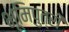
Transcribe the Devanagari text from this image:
भूमिपुत्री